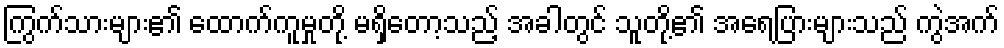
ကြွက်သားများ၏ ထောက်ကူမှုတို့ မရှိတော့သည့် အခါတွင် သူတို့၏ အရေပြားများသည် ကွဲအက်